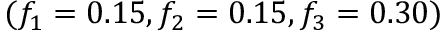
( f _ { 1 } = 0 . 1 5 , f _ { 2 } = 0 . 1 5 , f _ { 3 } = 0 . 3 0 )